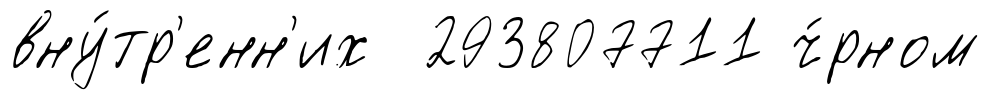
вну́тр'енн'их 293807711 ч́рном